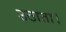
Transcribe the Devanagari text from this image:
उठाता।